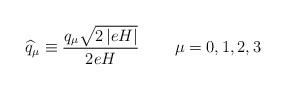
LaTeX: \begin{align*}\widehat{q}_{\mu }\equiv \frac{q_{\mu }\sqrt{2\left| eH\right| }}{2eH}\,\qquad \mu =0,1,2,3 \end{align*}